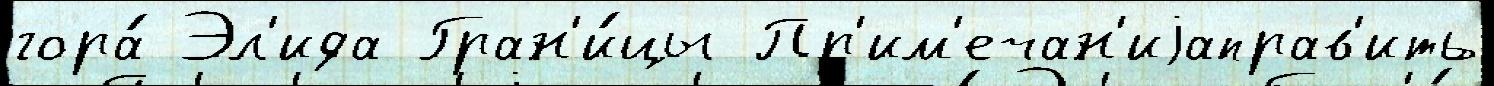
гора́ Эл'ида Гран'и́цы Пр'им'ечан'иjаправ'ить